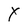
Character: Y